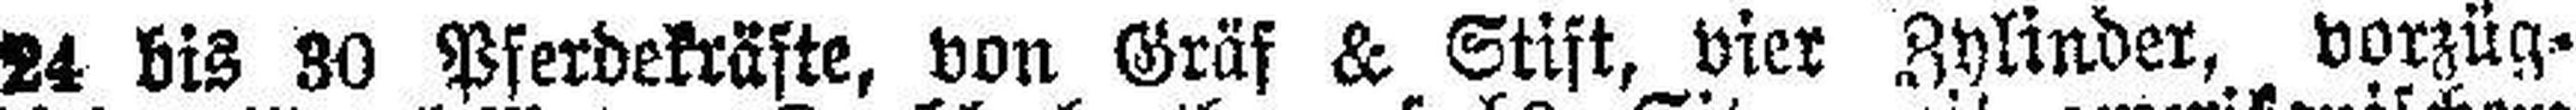
24 bis 30 Pferdekräfte, von Gräf & Stift, vier Zylinder, vorzüg¬